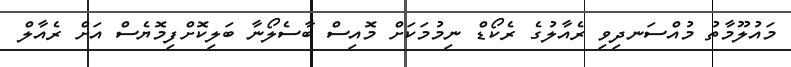
މައުލޫމާތު މުއްސަނދިވި ރެއާލުގެ ރެކޯޑް ނިމުމަކަށް މޮއިސް ބާސެލޯނާ ބަލިކޮށްފިމޮޔެސް އަށް ރެއާލް